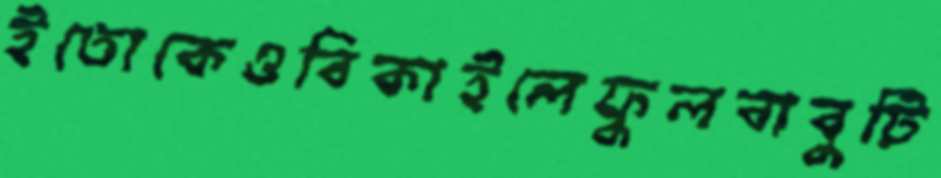
ইতোকেওবিকাইলেফুলবাবুটি